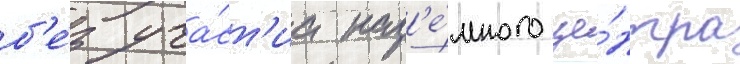
б'е́з уча́ст'иа наз'е́много це́нтра